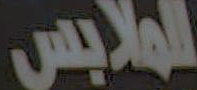
الملابس